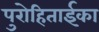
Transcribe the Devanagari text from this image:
पुरोहिताईका